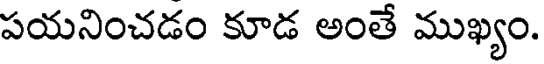
పయనించడం కూడ అంతే ముఖ్యం.